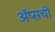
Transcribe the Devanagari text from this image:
ॲप्सची